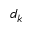
d _ { k }